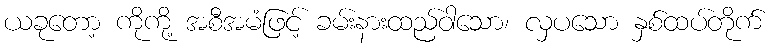
ယခုတော့ ကိုကို့ အစီအမံဖြင့် ခမ်းနားထည်ဝါသော၊ လှပသော နှစ်ထပ်တိုက်